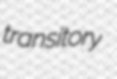
transitory